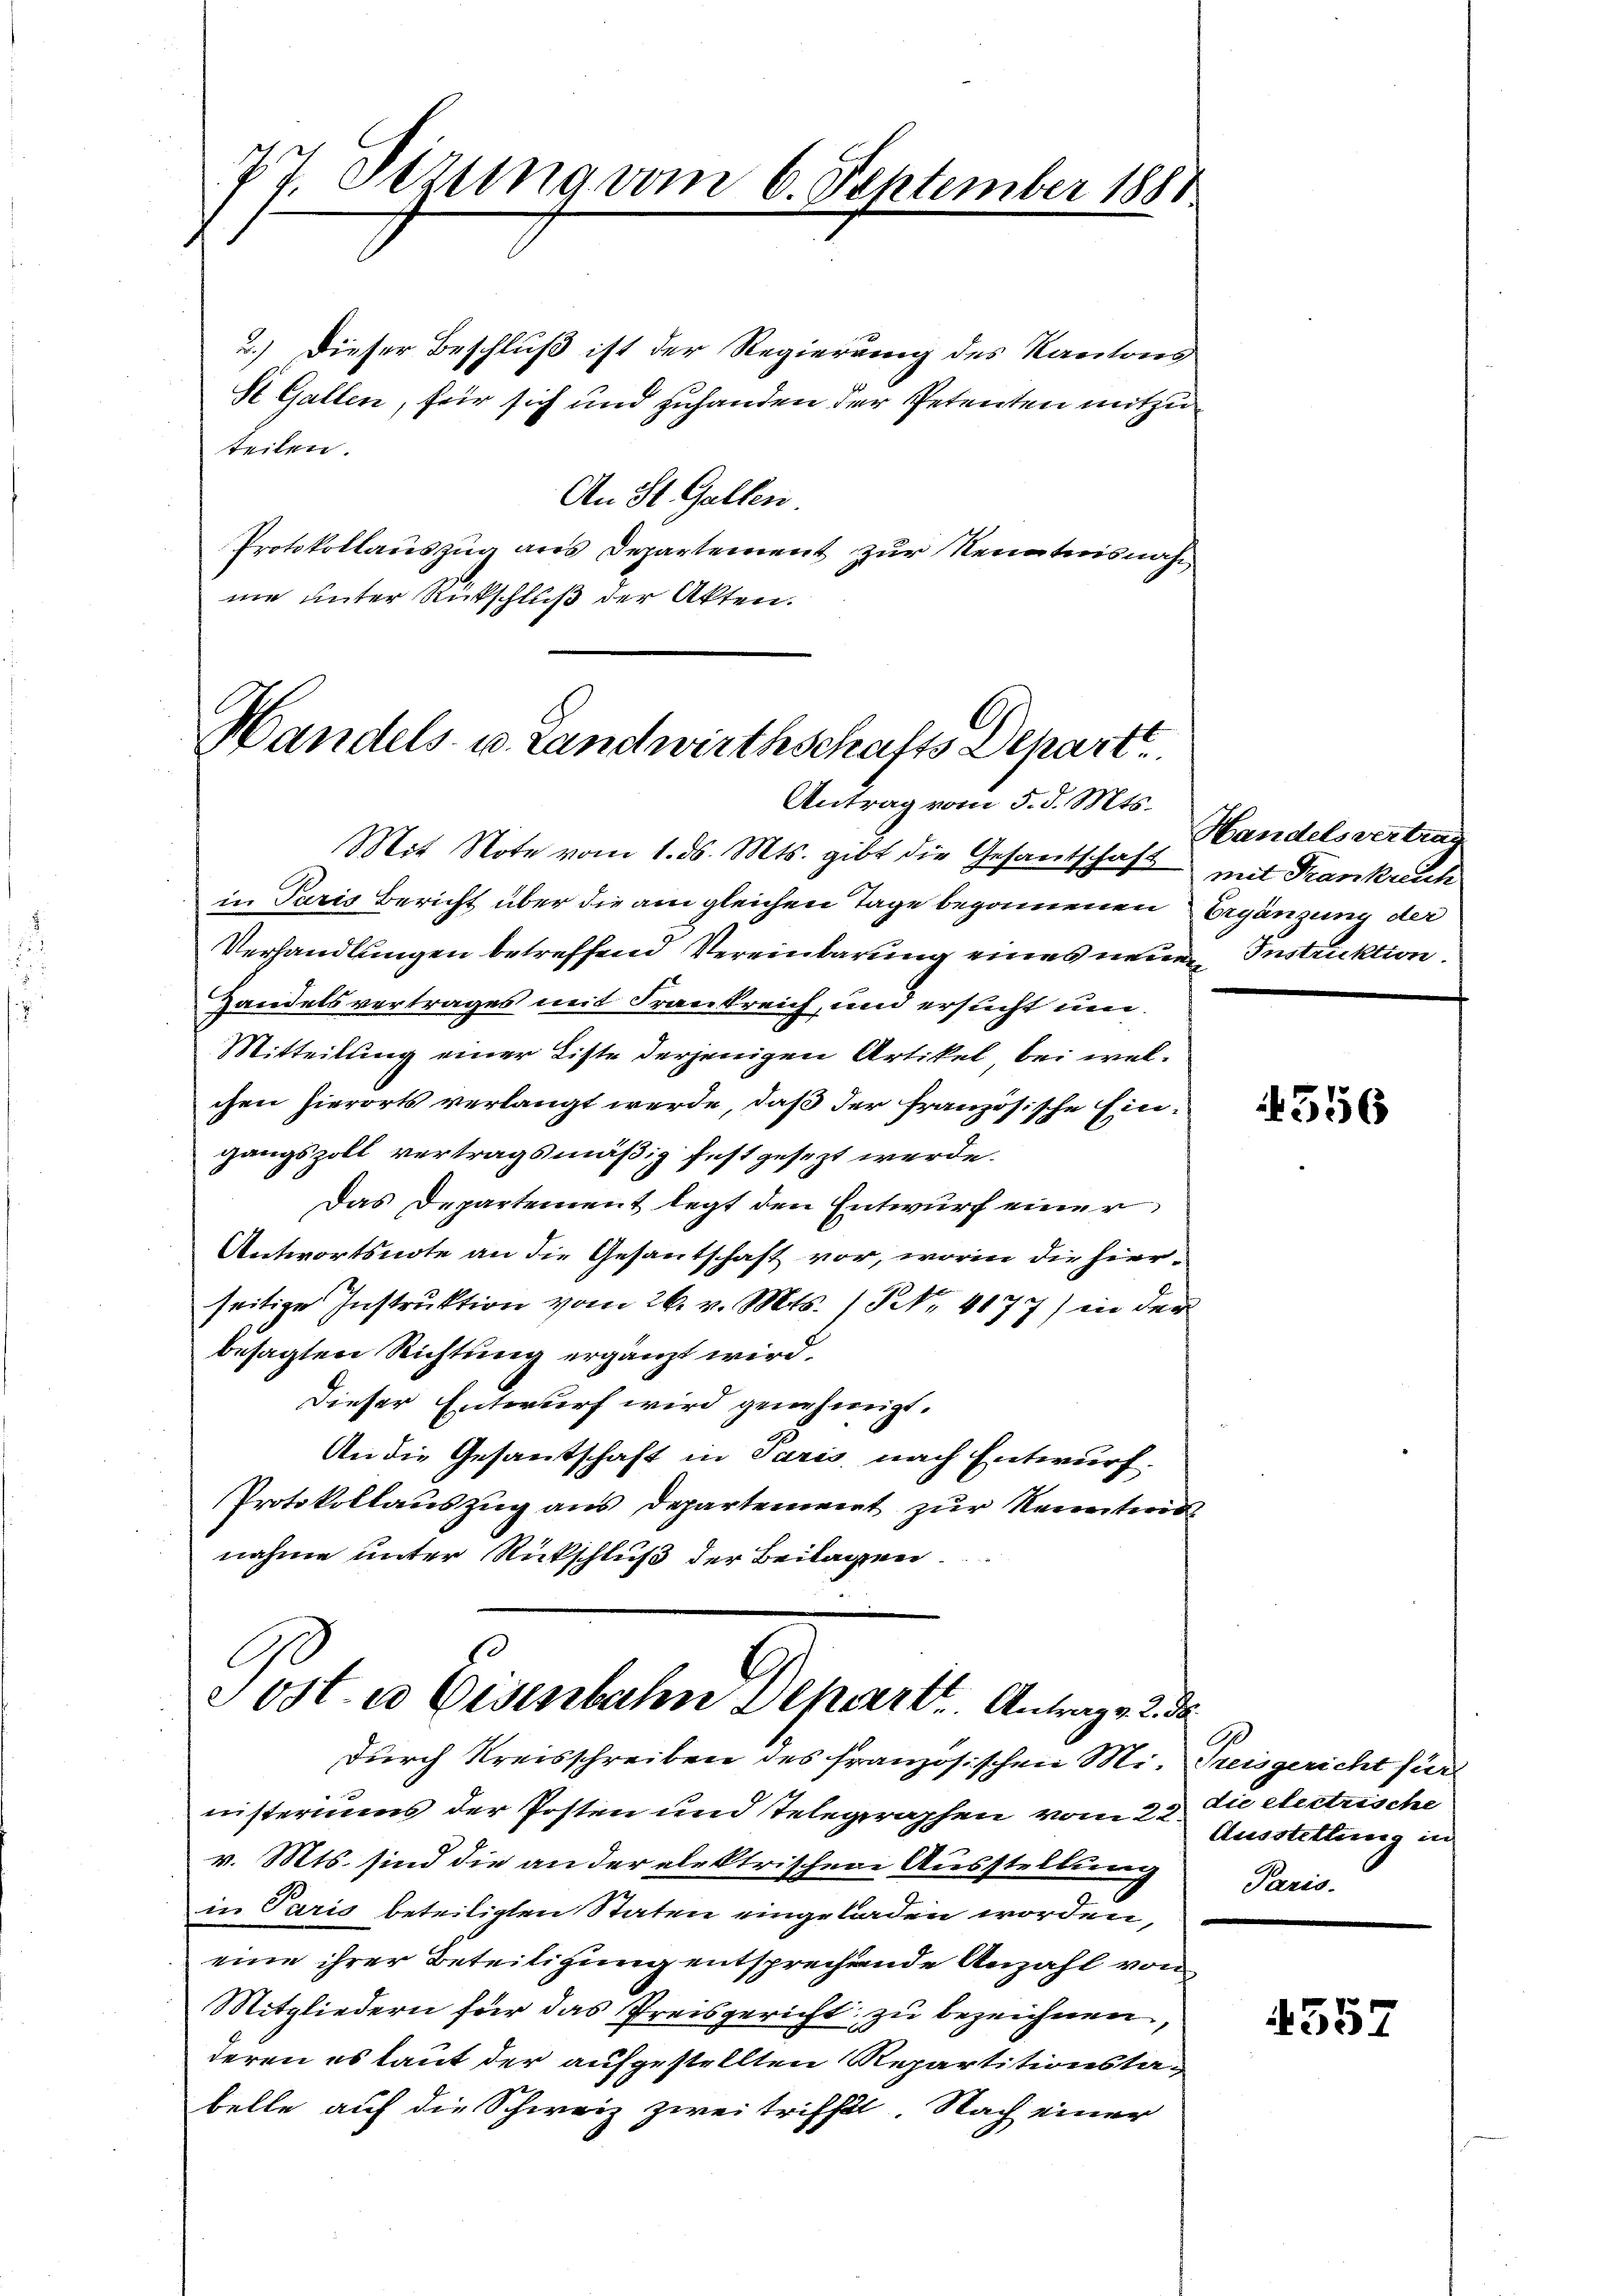
27. Dezung vom 6. September 1881

2.) Dieser Beschluß ist der Regierung des Kantons
St. Gallen, für sich und zuhanden der Petenten mitzuteilen.
An St. Gallen.
Protokollauszug aus Departement zur Kenntnisnahne unter Rückschluß der Akten.

A
Handels- u. Landwirthschafts Departt
Antrag vom 5. d. Mts.

Mit Note vom 1. ds. Mts. gibt die Gesantschaft mit Frankreich
in Paris Bericht über die am gleichen Tage begonnenen Ergänzung der
Verhandlungen betreffend Vereinbarung eines neuen Instruktion
Handelsvertrages mit Frankreich, und ersucht um
Mitteilung einer Liste derjenigen Artikel bei welchen hierorts verlangt werde, daß der französische Eingangszoll vertragsmäßig festgesezt werde.
Das Departement legt den Entwurf einer
Antwortsnote an die Gesantschaft vor, worin die hierseitige Instruktion vom 26. v. Mts. (Nr. 4177) in der
besagten Richtung ergänzt wird.
Dieser Entwurf wird genehmigt.
An die Gesantschaft in Paris nach Entwurf.
Protokollauszug aus Departement zur Kennten
nahme unter Rückschluß der Beilagen.

Post- u Eisenbahn Depart. Antrag v. 2. da
durch Kreisschreiben des französischen Mi. Preisgericht für

nnisteriums der Posten und Telegraphen vom 22.
v. Mts. sind die an der elektrischen Ausstellung
in Paris beteiligten Staten eingeladen worden,
eine ihrer Beteiligung entsprechende Anzahl von
Mitgliedern für das Preisgericht zu bezeichnen,
deren es laut der aufgestellten Repartitionstabelle auf die Schweiz zwei trifft. Nach einer

Handelsvertrag

4556

die electrische
Ausstellung in
Paris.

4557